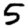
Digit: 5